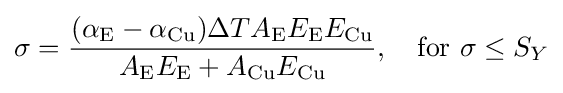
\sigma ={\frac {(\alpha _{\text{E}}-\alpha _{\text{Cu}})\Delta TA_{\text{E}}E_{\text{E}}E_{\text{Cu}}}{A_{\text{E}}E_{\text{E}}+A_{\text{Cu}}E_{\text{Cu}}}},\quad {\text{for }}\sigma \leq S_{Y}